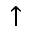
\uparrow